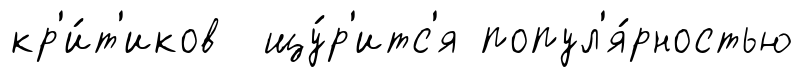
кр'и́т'иков щу́р'итс'я попул'я́рностью